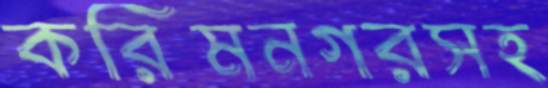
করিমনগরসহ